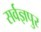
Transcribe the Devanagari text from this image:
सर्वज्ञपुर